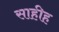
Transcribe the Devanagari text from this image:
साहीह